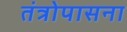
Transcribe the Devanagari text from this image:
तंत्रोपासना